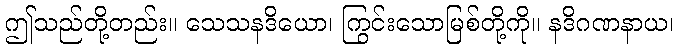
ဤသည်တို့တည်း။ သေသနဒိယော၊ ကြွင်းသောမြစ်တို့ကို။ နဒိဂဏနာယ၊